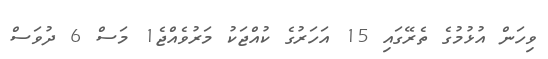
ވިހަން އުޅުމުގެ ތެރޭގައި 15 އަހަރުގެ ކުއްޖަކު މަރުވެއްޖެ1 މަސް 6 ދުވަސް